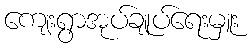
ကျေးရွာအုပ်ချုပ်ရေးမှူး